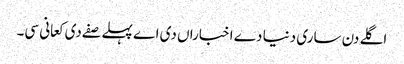
اگلے دن ساری دنیا دے اخباراں دی اے پہلے صفے دی کعانی سی۔